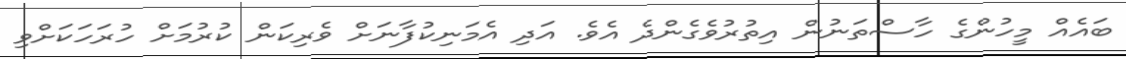
ބައެއް މީހުންގެ ހާސްތަނުން އިތުރުވެގެންދެ އެވެ. އަދި އެމަނިކުފާނަށް ވެރިކަން ކުރުމަށް ހުރަހަކަށްވި